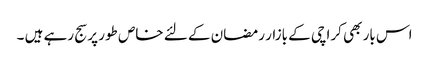
اس بار بھی کراچی کے بازار رمضان کے لئے خاص طور پر سج رہے ہیں ۔